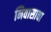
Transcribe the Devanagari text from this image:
निवासाचा